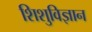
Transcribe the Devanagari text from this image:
शिशुविज्ञान